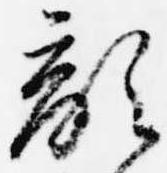
敵